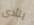
يتأذى